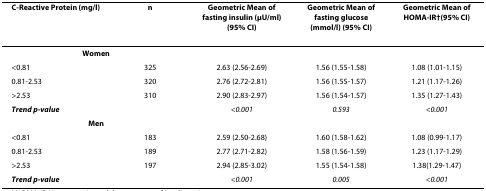
<table><thead><tr><td><b>C-Reactive Protein (mg/l)</b></td><td><b>n</b></td><td><b>Geometric Mean of fasting insulin (μU/ml) (95% CI)</b></td><td><b>Geometric Mean of fasting glucose (mmol/l) (95% CI)</b></td><td><b>Geometric Mean of HOMA-IR<sup>†</sup>(95% CI)</b></td></tr></thead><tbody><tr><td colspan="2"><b>Women</b></td><td></td><td></td><td></td></tr><tr><td>&lt;0.81</td><td>325</td><td>2.63 (2.56-2.69)</td><td>1.56 (1.55-1.58)</td><td>1.08 (1.01-1.15)</td></tr><tr><td>0.81-2.53</td><td>320</td><td>2.76 (2.72-2.81)</td><td>1.56 (1.55-1.57)</td><td>1.21 (1.17-1.26)</td></tr><tr><td>&gt;2.53</td><td>310</td><td>2.90 (2.83-2.97)</td><td>1.56 (1.54-1.57)</td><td>1.35 (1.27-1.43)</td></tr><tr><td colspan="2"><b><i>Trend p-value</i></b></td><td><i>&lt;0.001</i></td><td><i>0.593</i></td><td><i>&lt;0.001</i></td></tr><tr><td colspan="2"><b>Men</b></td><td></td><td></td><td></td></tr><tr><td>&lt;0.81</td><td>183</td><td>2.59 (2.50-2.68)</td><td>1.60 (1.58-1.62)</td><td>1.08 (0.99-1.17)</td></tr><tr><td>0.81-2.53</td><td>189</td><td>2.77 (2.71-2.82)</td><td>1.58 (1.56-1.59)</td><td>1.23 (1.17-1.29)</td></tr><tr><td>&gt;2.53</td><td>197</td><td>2.94 (2.85-3.02)</td><td>1.55 (1.54-1.58)</td><td>1.38(1.29-1.47)</td></tr><tr><td colspan="2"><b><i>Trend p-value</i></b></td><td><i>&lt;0.001</i></td><td><i>0.005</i></td><td><i>&lt;0.001</i></td></tr></tbody></table>